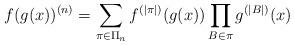
LaTeX: \begin{align*} f(g(x))^{(n)} = \sum_{\pi\in\Pi_n}f^{(|\pi|)}(g(x)) \prod_{B\in\pi} g^{(|B|)}(x) \end{align*}